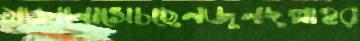
মজানোসেচছেনজুনদুল্লাহর